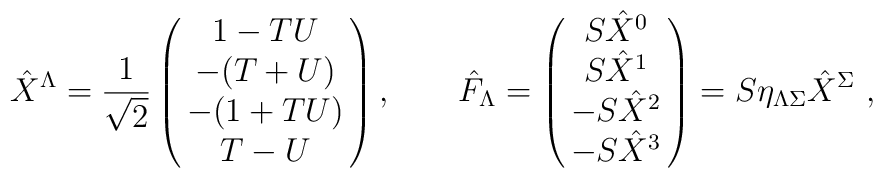
\hat X^\Lambda =  {1\over \sqrt 2} \left(\matrix { 1-TU \cr                     -(T+U) \cr                     -(1+TU) \cr                     T-U \cr} \right ), \qquad\hat F_\Lambda =   \left(\matrix { S \hat X^0 \cr                     S \hat X^1 \cr                     -S \hat X^2 \cr                    -S \hat X^3 \cr}\right ) = S\eta_{\Lambda \Sigma}\hat X^\Sigma \ ,